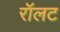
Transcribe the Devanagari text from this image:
रॉलट